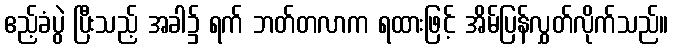
ဧည့်ခံပွဲ ပြီးသည့် အခါ၌ ရက် ဘတ်တလာက ရထားဖြင့် အိမ်ပြန်လွှတ်လိုက်သည်။